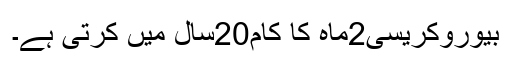
بیوروکریسی2ماہ کا کام20سال میں کرتی ہے۔